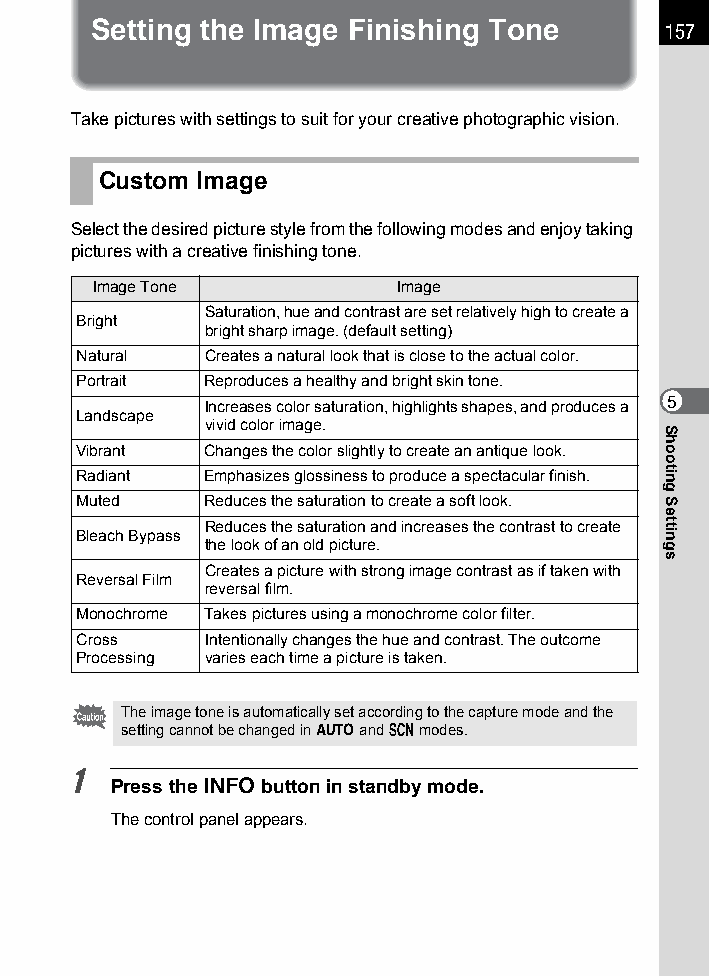
Setting the Image Finishing Tone      157
 Take pictures with settings to suit for your creative photographic vision.
 Custom Image
 Select the desired picture style from the following modes and enjoy taking
 pictures with a creative finishing tone.
 Image Tone          Image
 Saturation, hue and contrast are set relatively high to create a
 Bright
 bright sharp image. (default setting)
 Natural Creates a natural look that is close to the actual color.
 Portrait Reproduces a healthy and bright skin tone.
 Increases color saturation, highlights shapes, and produces a 5
 Landscape
 vivid color image.
 Vibrant Changes the color slightly to create an antique look.
 Radiant Emphasizes glossiness to produce a spectacular finish.
 Muted   Reduces the saturation to create a soft look.
 Reduces the saturation and increases the contrast to create
 Bleach Bypass
 the look of an old picture.
 Creates a picture with strong image contrast as if taken with
 Reversal Film
 reversal film.
 Monochrome Takes pictures using a monochrome color filter.
 Cross   Intentionally changes the hue and contrast. The outcome
 Processing varies each time a picture is taken.
 The image tone is automatically set according to the capture mode and the
 setting cannot be changed in n and H modes.
 1
 Press the M button in standby mode.
 The control panel appears.
 Shooting
 Settings